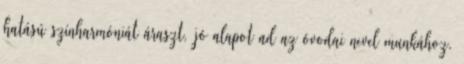
hatású színharmóniát áraszt, jó alapot ad az óvodai nevelımunkához.